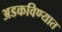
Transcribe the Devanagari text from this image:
अडकविण्यात